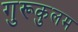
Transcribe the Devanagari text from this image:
गुरूकुलम